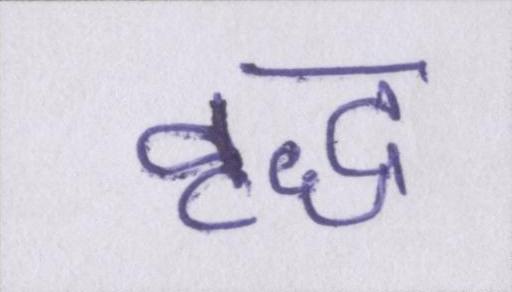
वृद्ध